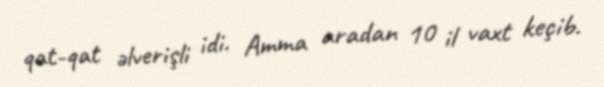
qat-qat əlverişli idi. Amma aradan 10 il vaxt keçib.